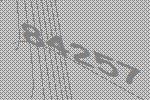
84257